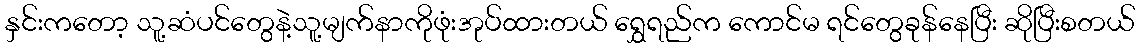
နှင်းကတော့ သူ့ဆံပင်တွေနဲ့သူ့မျက်နာကိုဖုံးအုပ်ထားတယ် ရွှေရည်က ကောင်မ ရင်တွေခုန်နေပြီး ဆိုပြီးစတယ်